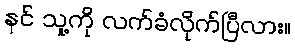
နင် သူ့ကို လက်ခံလိုက်ပြီလား။